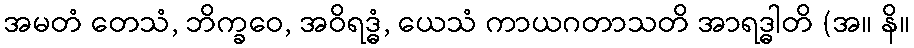
အမတံ တေသံ, ဘိက္ခဝေ, အဝိရဒ္ဓံ, ယေသံ ကာယဂတာသတိ အာရဒ္ဓါတိ (အ။ နိ။